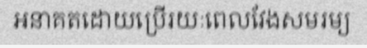
អនាគតដោយប្រើរយៈពេលវែងសមរម្យ